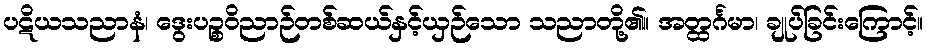
ပဋိယသညာနံ၊ ဒွေးပဉ္စဝိညာဉ်တစ်ဆယ်နှင့်ယှဉ်သော သညာတို့၏။ အတ္ထင်္ဂမာ၊ ချုပ်ခြင်းကြောင့်။